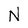
Character: N